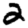
Digit: 2